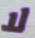
لا